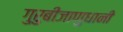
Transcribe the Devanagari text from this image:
गुरुबीजाणुधानी